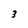
Character: 3